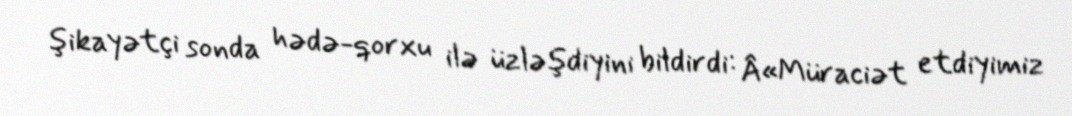
şikayətçi sonda hədə-qorxu ilə üzləşdiyini bildirdi: Â«Müraciət etdiyimiz